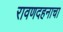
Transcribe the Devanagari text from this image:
रावणदहनाचा